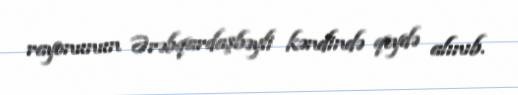
rayonunun Ərəbqardaşbəyli kəndində qeydə alınıb.